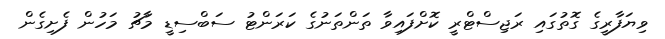
ވިޔަފާރީގެ ގޮތުގައި ރަޖިސްޓްރީ ކޮށްފައިވާ ތަންތަނުގެ ކަރަންޓު ސަބްސިޑީ މާޗު މަހުން ފެށިގެން